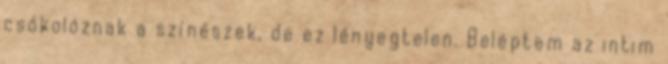
csókolóznak a színészek, de ez lényegtelen. Beléptem az intim